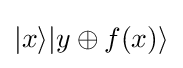
|x\rangle |y\oplus f(x)\rangle